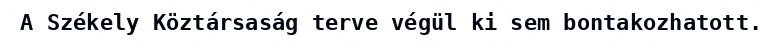
A Székely Köztársaság terve végül ki sem bontakozhatott.